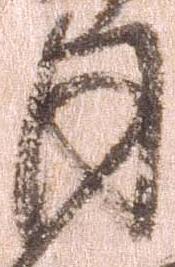
同